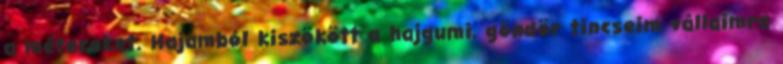
a métereket. Hajamból kiszökött a hajgumi, göndör tincseim vállaimra